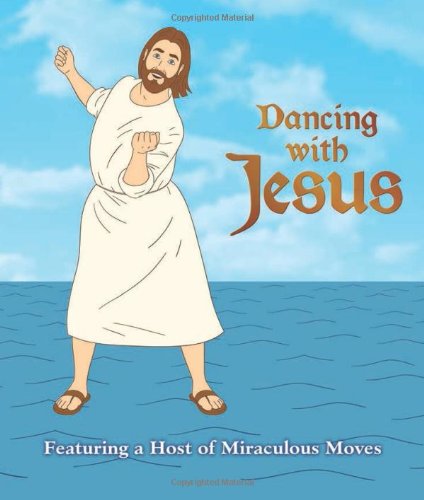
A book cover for Dancing with Jesus: Featuring a Host of Miraculous Moves; Sam Stall; Humor & Entertainment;